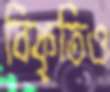
বিকৃতিও